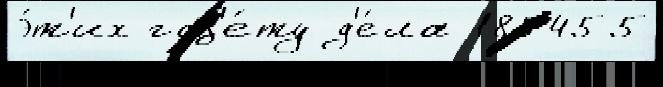
э́т'их газ'е́ту д'е́ла 185455